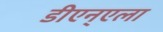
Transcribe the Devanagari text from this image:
डीएन्एला